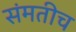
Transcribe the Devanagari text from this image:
संमतीच